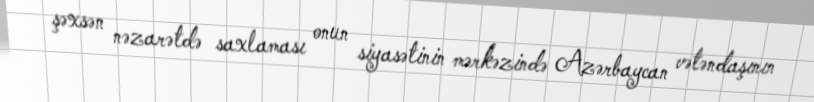
şəxsən nəzarətdə saxlaması onun siyasətinin mərkəzində Azərbaycan vətəndaşının